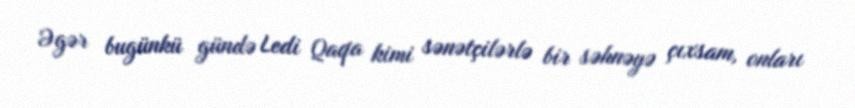
Əgər bugünkü gündə Ledi Qaqa kimi sənətçilərlə bir səhnəyə çıxsam, onları